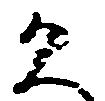
久